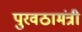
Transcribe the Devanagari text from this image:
पुरवठामंत्री